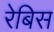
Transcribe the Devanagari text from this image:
रेबिस